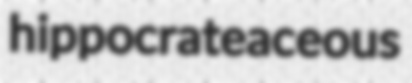
hippocrateaceous